Malarial fevers
Disease focus: Malaria
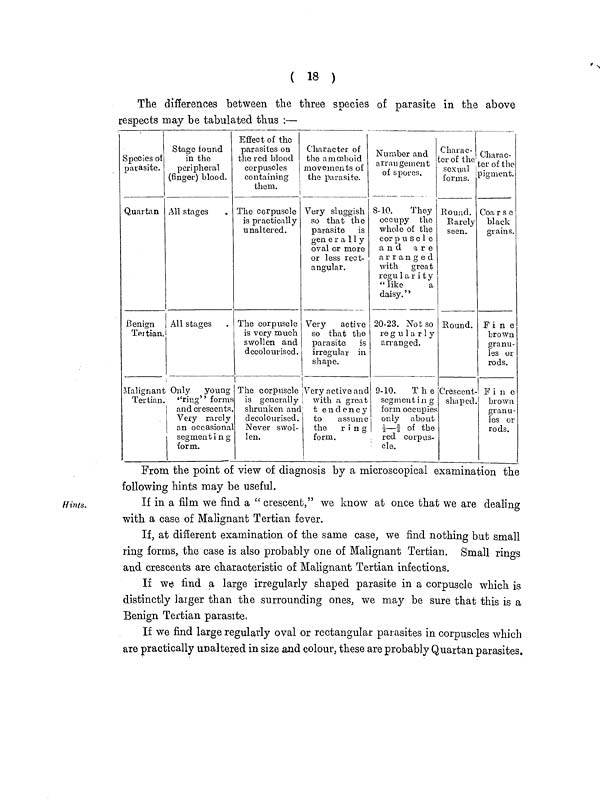
( 18 )
The differences between the three species of parasite in the above
respects may be tabulated thus :—
Species of
parasite.
Quartan
Benign
Tertian
Malignant
Tertian.
Stage found
in the
peripheral
(finger) blood.
All stages
All stages
Only young
''ring"' forms
and crescents.
Very rarely
an occasional
segment ing
form.
Effect of the
parasites on
the red blood
corpuscles
containing
them.
The corpuscle
is practically
unaltered.
The corpuscle
is very much
swollen and
decolourised.
The corpuscle
is generally
shrunken and
decolourised.
Never swol-
len.
Character of
the amoeboid
movements of
the parasite.
Very sluggish
so that the
parasite is
generally
oval or more
or less rect-
angular.
Very
active
so that the
parasite is
irregular in
shape.
Very active and
with
a great
tendency
to
assume
the ring
form.
Number and
arrangement
of spores.
8-10.
They
occupy the
whole of the
corpusele
and are
arranged
with great
regu1arity
" like
a
daisy."
20-23. Not so
re g u 1 a r 1 y
arranged.
9-10.
T h e
segmenting
form occupies
only about
1/2 — 2/3 of the
red corpus-
cle.
Charac-
ter of the
sexual
forms.
Round.
Rarely
seen.
Round.
Crescent-
shaped.
Charac-
ter of the
pigment.
Coarse
black
grains.
Fine
brown
granu-
les or
rods.
Fine
brown
granu-
les or
rods.
Hints.
From the point of view of diagnosis by a microscopical examination the
following hints may be useful.
If in a film we find a " crescent," we know at once that we are dealing
with a case of Malignant Tertian fever.
If, at different examination of the same case, we find nothing but small
ring forms, the case is also probably one of Malignant Tertian. Small rings
and crescents are characteristic of Malignant Tertian infections.
If we find a large irregularly shaped parasite in a corpuscle which is
distinctly larger than the surrounding ones, we may be sure that this is a
Benign Tertian parasite.
If we find large regularly oval or rectangular parasites in corpuscles which
are practically unaltered in size and colour, these are probably Quartan parasites.